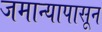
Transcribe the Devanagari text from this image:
जमान्यापासून